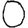
Digit: 0